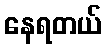
နေရတယ်